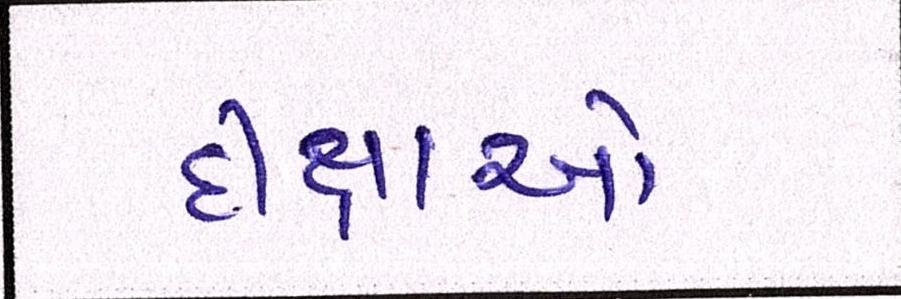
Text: દીક્ષાઓ